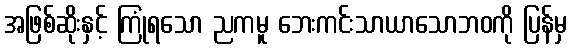
အဖြစ်ဆိုးနှင့် ကြုံရသော ညကမူ ဘေးကင်းသာယာသောဘဝကို ပြန်မှ